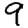
Digit: 9